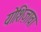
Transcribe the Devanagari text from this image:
योशिज़ावा